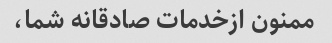
ممنون ازخدمات صادقانه شما،